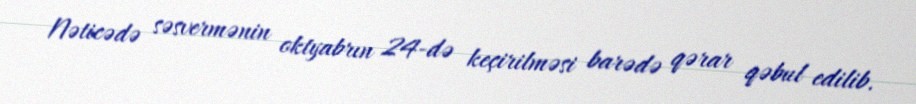
Nəticədə səsvermənin oktyabrın 24-də keçirilməsi barədə qərar qəbul edilib.